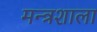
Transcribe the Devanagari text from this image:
मन्त्रशाला